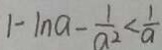
\vert - \vert n a - \frac { 1 } { a ^ { 2 } } < \frac { 1 } { a }